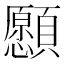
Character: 𩕮